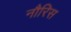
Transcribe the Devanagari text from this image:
नौरिस